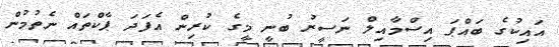
އައިކުގެ ބައްޕަ އިސްމާއިލް ނަސީރު ބުނީ މީގެ ކުރިން އެފަދަ ޕާކްތައް ނެތުމުން